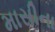
માસીના